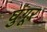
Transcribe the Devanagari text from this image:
घुंगूर